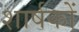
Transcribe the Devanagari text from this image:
शार्षकों